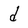
Character: d